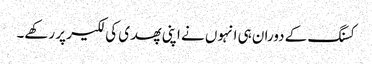
کسنگ کے دوران ہی انہوں نے اپنی پھدی کی لکیر پر رکھے۔